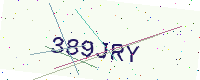
Text: 389JRY